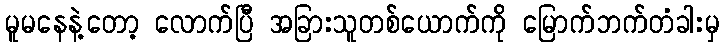
မူမနေနဲ့တော့ လောက်ပြီ အခြားသူတစ်ယောက်ကို မြောက်ဘက်တံခါးမှ